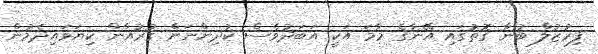
ފިރުޒުލް ބުނާ ގޮތުގައި އޭނާގެ މާމަ އަކީ އަބަދުވެސް ކުދިންނަށް ޤުރުއާން ކިޔަވައިދެމުން